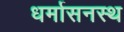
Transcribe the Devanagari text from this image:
धर्मासनस्थ